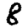
Digit: 8